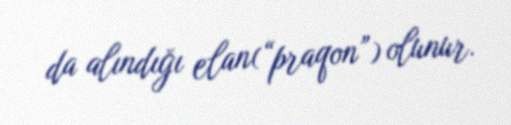
da alındığı elan(“praqon”) olunur.